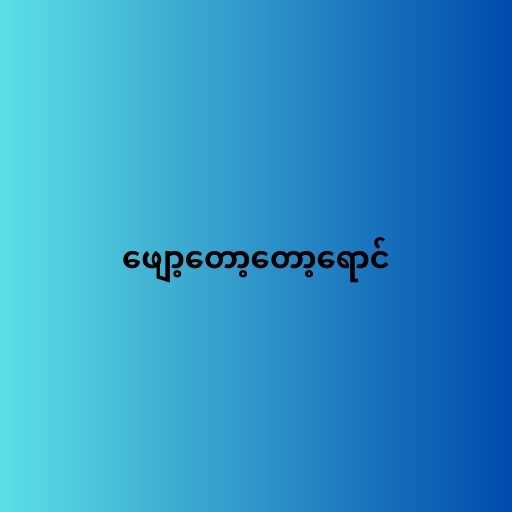
ဖျော့တော့တော့ရောင်